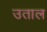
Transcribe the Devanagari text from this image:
उताल